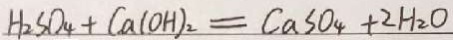
H _ { 2 } S O _ { 4 } + C a ( O H ) _ { 2 } = C a S O _ { 4 } + 2 H _ { 2 } O